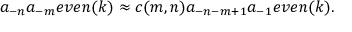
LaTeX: a _ { - n } a _ { - m } e v e n ( k ) \approx c ( m , n ) a _ { - n - m + 1 } a _ { - 1 } e v e n ( k ) .